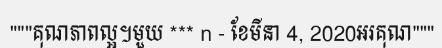
"""គុណភាពល្អ។មួយ *** n - ខែមីនា 4, 2020អរគុណ"""